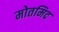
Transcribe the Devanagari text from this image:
मोतमिद